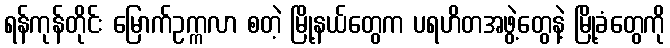
ရန်ကုန်တိုင်း မြောက်ဥက္ကလာ စတဲ့ မြို့နယ်တွေက ပရဟိတအဖွဲ့တွေနဲ့ မြို့ခံတွေကို